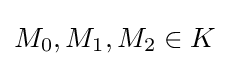
M_{0},M_{1},M_{2}\in K